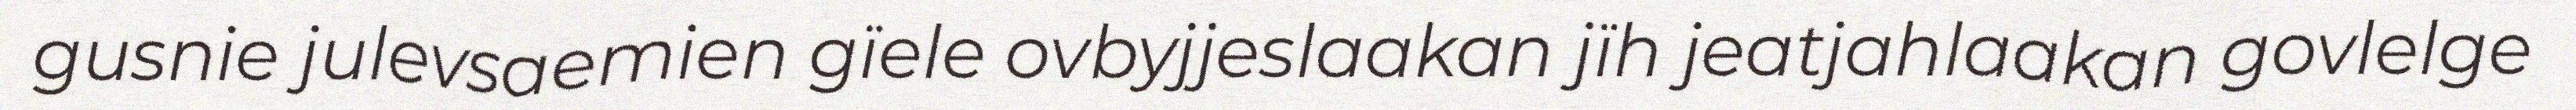
gusnie julevsaemien gïele ovbyjjeslaakan jïh jeatjahlaakan govlelge